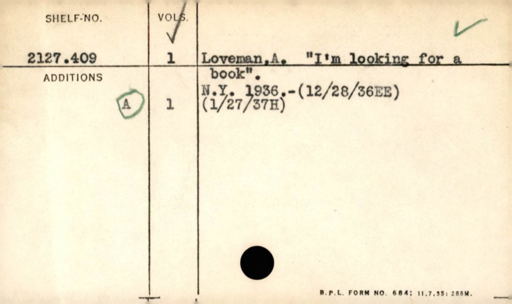
Label: content